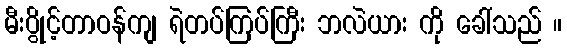
မီးပွိုင့်တာဝန်ကျ ရဲတပ်ကြပ်ကြီး ဘလဲယား ကို ခေါ်သည် ။